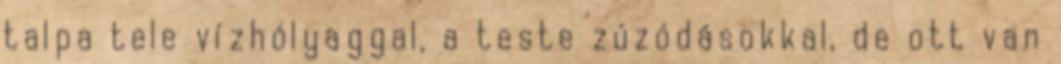
talpa tele vízhólyaggal, a teste zúzódásokkal, de ott van